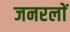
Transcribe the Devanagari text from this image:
जनरलाें